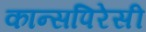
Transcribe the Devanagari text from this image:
कान्सपिरेसी